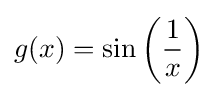
g(x)=\sin \left({\frac {1}{x}}\right)